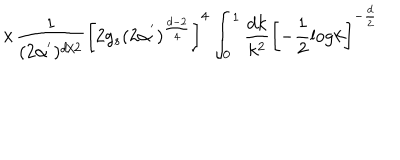
\times \frac { 1 } { ( 2 \alpha ^ { ' } ) ^ { d / 2 } } \left[ 2 g _ { s } ( 2 \alpha ^ { ' } ) ^ { \frac { d - 2 } { 4 } } \right] ^ { 4 } \int _ { 0 } ^ { 1 } \frac { d k } { k ^ { 2 } } \left[ - \frac { 1 } { 2 } \mathrm { l o g } k \right] ^ { - \frac { d } { 2 } }